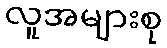
လူအများစု